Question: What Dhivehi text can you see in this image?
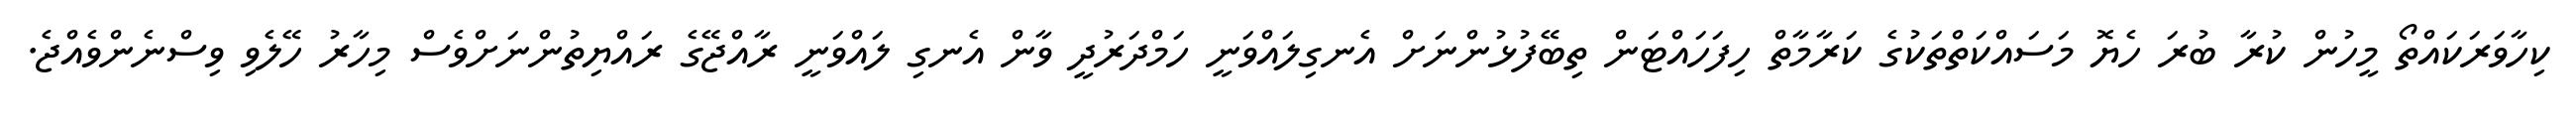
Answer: ކިހާވަރަކައްތޯ މީހުން ކުރާ ބުރަ ހެޔޮ މަސައްކަތްތަކުގެ ކަރާމާތް ހިފަހައްޓަން ތިބޭފުޅުންނަށް އެނގިލައްވަނީ ހަމްދަރުދީ ވާން އެނގި ލައްވަނީ ރާއްޖޭގެ ރައްޔިތުންނަށްވެސް މިހާރު ހޭލެވި ވިސްނެންވެއްޖެ.